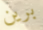
برين